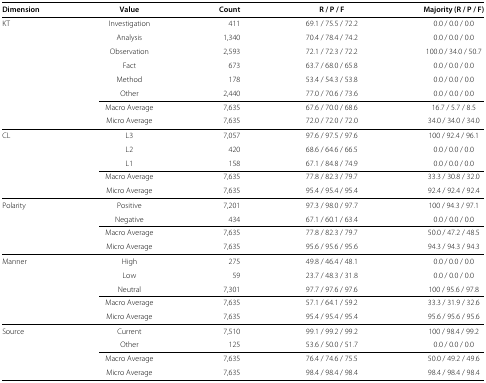
<table><thead><tr><td><b>Dimension</b></td><td><b>Value</b></td><td><b>Count</b></td><td><b>R / P / F</b></td><td><b>Majority (R / P / F)</b></td></tr></thead><tbody><tr><td rowspan="6">KT</td><td>Investigation</td><td>411</td><td>69.1 / 75.5 / 72.2</td><td>0.0 / 0.0 / 0.0</td></tr><tr><td>Analysis</td><td>1,340</td><td>70.4 / 78.4 / 74.2</td><td>0.0 / 0.0 / 0.0</td></tr><tr><td>Observation</td><td>2,593</td><td>72.1 / 72.3 / 72.2</td><td>100.0 / 34.0 / 50.7</td></tr><tr><td>Fact</td><td>673</td><td>63.7 / 68.0 / 65.8</td><td>0.0 / 0.0 / 0.0</td></tr><tr><td>Method</td><td>178</td><td>53.4 / 54.3 / 53.8</td><td>0.0 / 0.0 / 0.0</td></tr><tr><td>Other</td><td>2,440</td><td>77.0 / 70.6 / 73.6</td><td>0.0 / 0.0 / 0.0</td></tr><tr><td> </td><td>Macro Average</td><td>7,635</td><td>67.6 / 70.0 / 68.6</td><td>16.7 / 5.7 / 8.5</td></tr><tr><td> </td><td>Micro Average</td><td>7,635</td><td>72.0 / 72.0 / 72.0</td><td>34.0 / 34.0 / 34.0</td></tr><tr><td rowspan="3">CL</td><td>L3</td><td>7,057</td><td>97.6 / 97.5 / 97.6</td><td>100 / 92.4 / 96.1</td></tr><tr><td>L2</td><td>420</td><td>68.6 / 64.6 / 66.5</td><td>0.0 / 0.0 / 0.0</td></tr><tr><td>L1</td><td>158</td><td>67.1 / 84.8 / 74.9</td><td>0.0 / 0.0 / 0.0</td></tr><tr><td> </td><td>Macro Average</td><td>7,635</td><td>77.8 / 82.3 / 79.7</td><td>33.3 / 30.8 / 32.0</td></tr><tr><td> </td><td>Micro Average</td><td>7,635</td><td>95.4 / 95.4 / 95.4</td><td>92.4 / 92.4 / 92.4</td></tr><tr><td rowspan="2">Polarity</td><td>Positive</td><td>7,201</td><td>97.3 / 98.0 / 97.7</td><td>100 / 94.3 / 97.1</td></tr><tr><td>Negative</td><td>434</td><td>67.1 / 60.1 / 63.4</td><td>0.0 / 0.0 / 0.0</td></tr><tr><td> </td><td>Macro Average</td><td>7,635</td><td>77.8 / 82.3 / 79.7</td><td>50.0 / 47.2 / 48.5</td></tr><tr><td> </td><td>Micro Average</td><td>7,635</td><td>95.6 / 95.6 / 95.6</td><td>94.3 / 94.3 / 94.3</td></tr><tr><td rowspan="3">Manner</td><td>High</td><td>275</td><td>49.8 / 46.4 / 48.1</td><td>0.0 / 0.0 / 0.0</td></tr><tr><td>Low</td><td>59</td><td>23.7 / 48.3 / 31.8</td><td>0.0 / 0.0 / 0.0</td></tr><tr><td>Neutral</td><td>7,301</td><td>97.7 / 97.6 / 97.6</td><td>100 / 95.6 / 97.8</td></tr><tr><td> </td><td>Macro Average</td><td>7,635</td><td>57.1 / 64.1 / 59.2</td><td>33.3 / 31.9 / 32.6</td></tr><tr><td> </td><td>Micro Average</td><td>7,635</td><td>95.4 / 95.4 / 95.4</td><td>95.6 / 95.6 / 95.6</td></tr><tr><td rowspan="2">Source</td><td>Current</td><td>7,510</td><td>99.1 / 99.2 / 99.2</td><td>100 / 98.4 / 99.2</td></tr><tr><td>Other</td><td>125</td><td>53.6 / 50.0 / 51.7</td><td>0.0 / 0.0 / 0.0</td></tr><tr><td> </td><td>Macro Average</td><td>7,635</td><td>76.4 / 74.6 / 75.5</td><td>50.0 / 49.2 / 49.6</td></tr><tr><td> </td><td>Micro Average</td><td>7,635</td><td>98.4 / 98.4 / 98.4</td><td>98.4 / 98.4 / 98.4</td></tr></tbody></table>